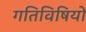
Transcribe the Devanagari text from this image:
गतिविषियों